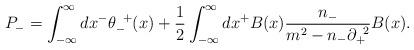
LaTeX: \begin{align*}P_-=\int^{\infty}_{-{\infty}}dx^- {\theta}_-^{\;\;+}(x) +\frac{1}{2}\int^{\infty}_{-{\infty}}dx^+ B(x)\frac{n_-}{m^2-n_-{\partial}_+^{\;\;2}}B(x). \end{align*}